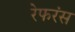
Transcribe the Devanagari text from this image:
रेफरंस